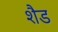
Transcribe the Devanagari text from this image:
शैड